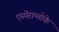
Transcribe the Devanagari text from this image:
एस्पेरान्तोके